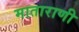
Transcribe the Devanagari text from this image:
माताराणी